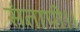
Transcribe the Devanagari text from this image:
संतापी।।